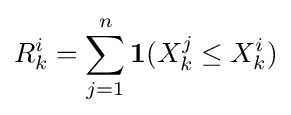
R_{k}^{i}=\sum _{j=1}^{n}\mathbf {1} (X_{k}^{j}\leq X_{k}^{i})